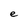
Character: e